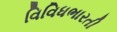
વિવિધભારતી